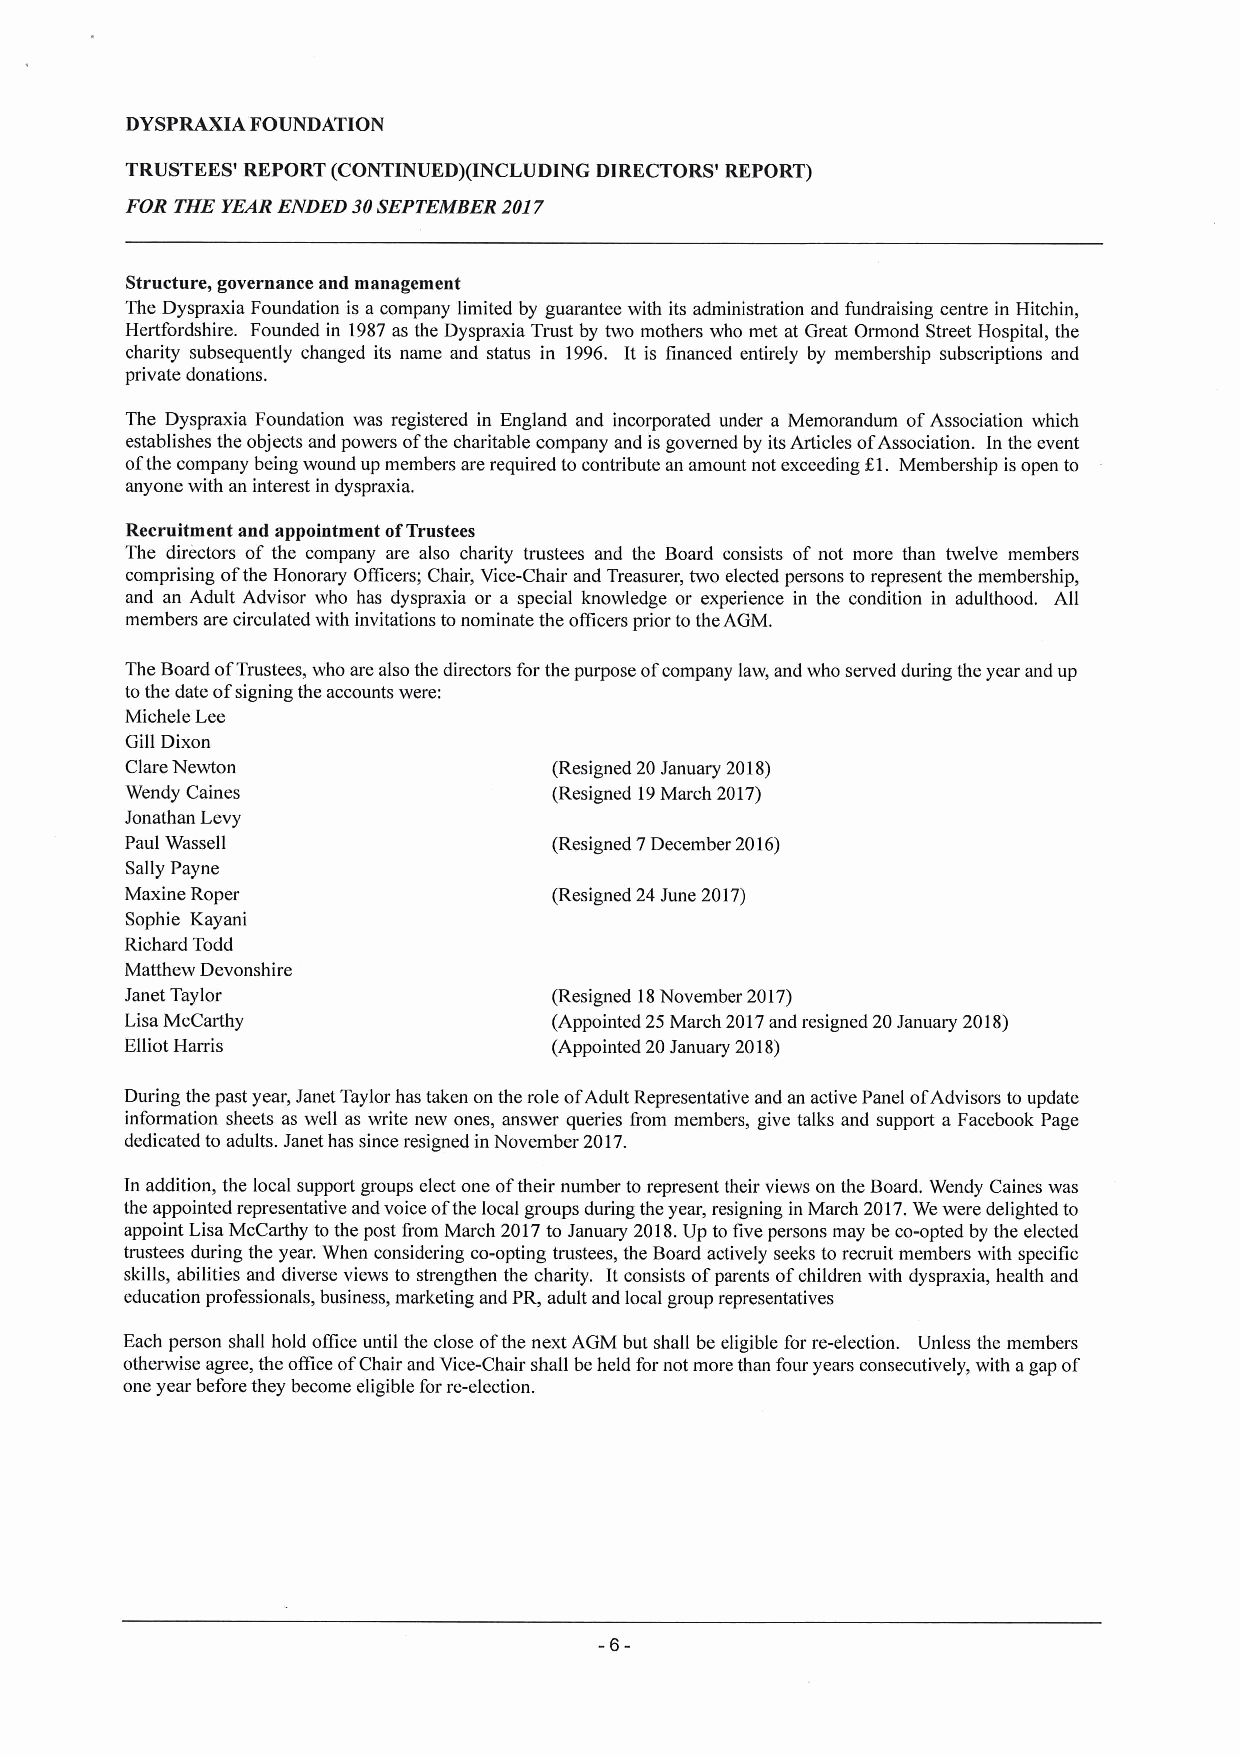
DYSPRAXIA FOUNDATION
 TRUSTEES' REPORT (CONTINUED)(INCLUDING DIRECTORS' REPORT)
 FOR THE YEARENDED 30SEPTEMBER2017
 Structure, governance and management
 The Dyspraxia Foundation is a company limited by guarantee with its administration and fundraising centre in Hitchin,
 Hertfordshire. Founded in 1987as the Dyspraxia Trust by two mothers who met at Great Ormond Street Hospital, the
 charity subsequently changed its name and status in 1996. It is financed entirely by membership subscriptions and
 private donations.
 The Dyspraxia Foundation was registered in England and incorporated under a Memorandum ofAssociation which
 establishes the objects and powers ofthe charitable company and isgoverned by itsArticles ofAssociation. In the event
 ofthe company being wound up members are required to contribute an amount not exceeding Kl. Membership isopen to
 anyone with an interest in dyspraxia.
 Recruitment and appointment ofTrustees
 The directors of the company are also charity trustees and the Board consists of not more than twelve members
 comprising ofthe Honorary Officers; Chair, Vice-Chair and Treasurer, two elected persons to represent the membership,
 and an Adult Advisor who has dyspraxia or a special knowledge or experience in the condition in adulthood. All
 members are circulated with invitations tonominate the officers prior totheAGM.
 The Board ofTrustees, who are also the directors for the purpose ofcompany law, and who served during the year and up
 tothe date ofsigning the accounts were:
 Michele Lee
 Gill Dixon
 Clare Newton                 (Resigned 20January 2018)
 Wendy Caines                 (Resigned 19March 2017)
 Jonathan Levy
 Paul Wassell                 (Resigned 7December 2016)
 Sally Payne
 Maxine Roper                 (Resigned 24June 2017)
 Sophie Kayani
 Richard Todd
 Matthew Devonshire
 Janet Taylor                 (Resigned 18November 2017)
 Lisa McCarthy                (Appointed 25March 2017and resigned 20January 2018)
 Elliot Harris                (Appointed 20January 2018)
 During the past year, Janet Taylor has taken on the role ofAdult Representative and an active Panel ofAdvisors toupdate
 information sheets as well as write new ones, answer queries from members, give talks and support a Facebook Page
 dedicated to adults. Janet has since resigned in November 2017.
 In addition, the local support groups elect one oftheir number to represent their views on the Board. Wendy Caines was
 the appointed representative and voice ofthe local groups during the year, resigning in March 2017.We were delighted to
 appoint Lisa McCarthy tothe post from March 2017to January 2018.Up to five persons may be co-opted by the elected
 trustees during the year. When considering co-opting trustees, the Board actively seeks to recruit members with specific
 skills, abilities and diverse views to strengthen the charity. It consists ofparents ofchildren with dyspraxia, health and
 education professionals, business, marketing and PR, adult and local group representatives
 Each person shall hold once until the close ofthe next AGM but shall be eligible for re-election. Unless the members
 otherwise agree, the office ofChair and Vice-Chair shall beheld fornot more than four years consecutively, with agap of
 one year before they become eligible for re-election.
 -6-